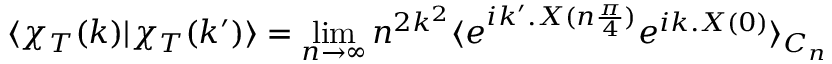
\langle \chi _ { T } ( k ) | \chi _ { T } ( k ^ { \prime } ) \rangle = \operatorname * { l i m } _ { n \to \infty } n ^ { 2 k ^ { 2 } } \langle e ^ { i k ^ { \prime } . X ( n \frac { \pi } { 4 } ) } e ^ { i k . X ( 0 ) } \rangle _ { C _ { n } }